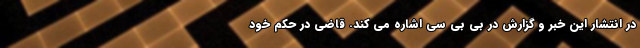
در انتشار این خبر و گزارش در بی بی سی اشاره می کند. قاضی در حکم خود